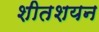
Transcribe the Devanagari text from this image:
शीतशयन